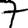
Digit: 7